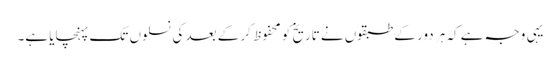
یہی وجہ ہے کہ ہر دور کے طبقوں نے تاریخ کو محفوظ کر کے بعد کی نسلوں تک پہنچایا ہے۔